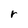
Character: r